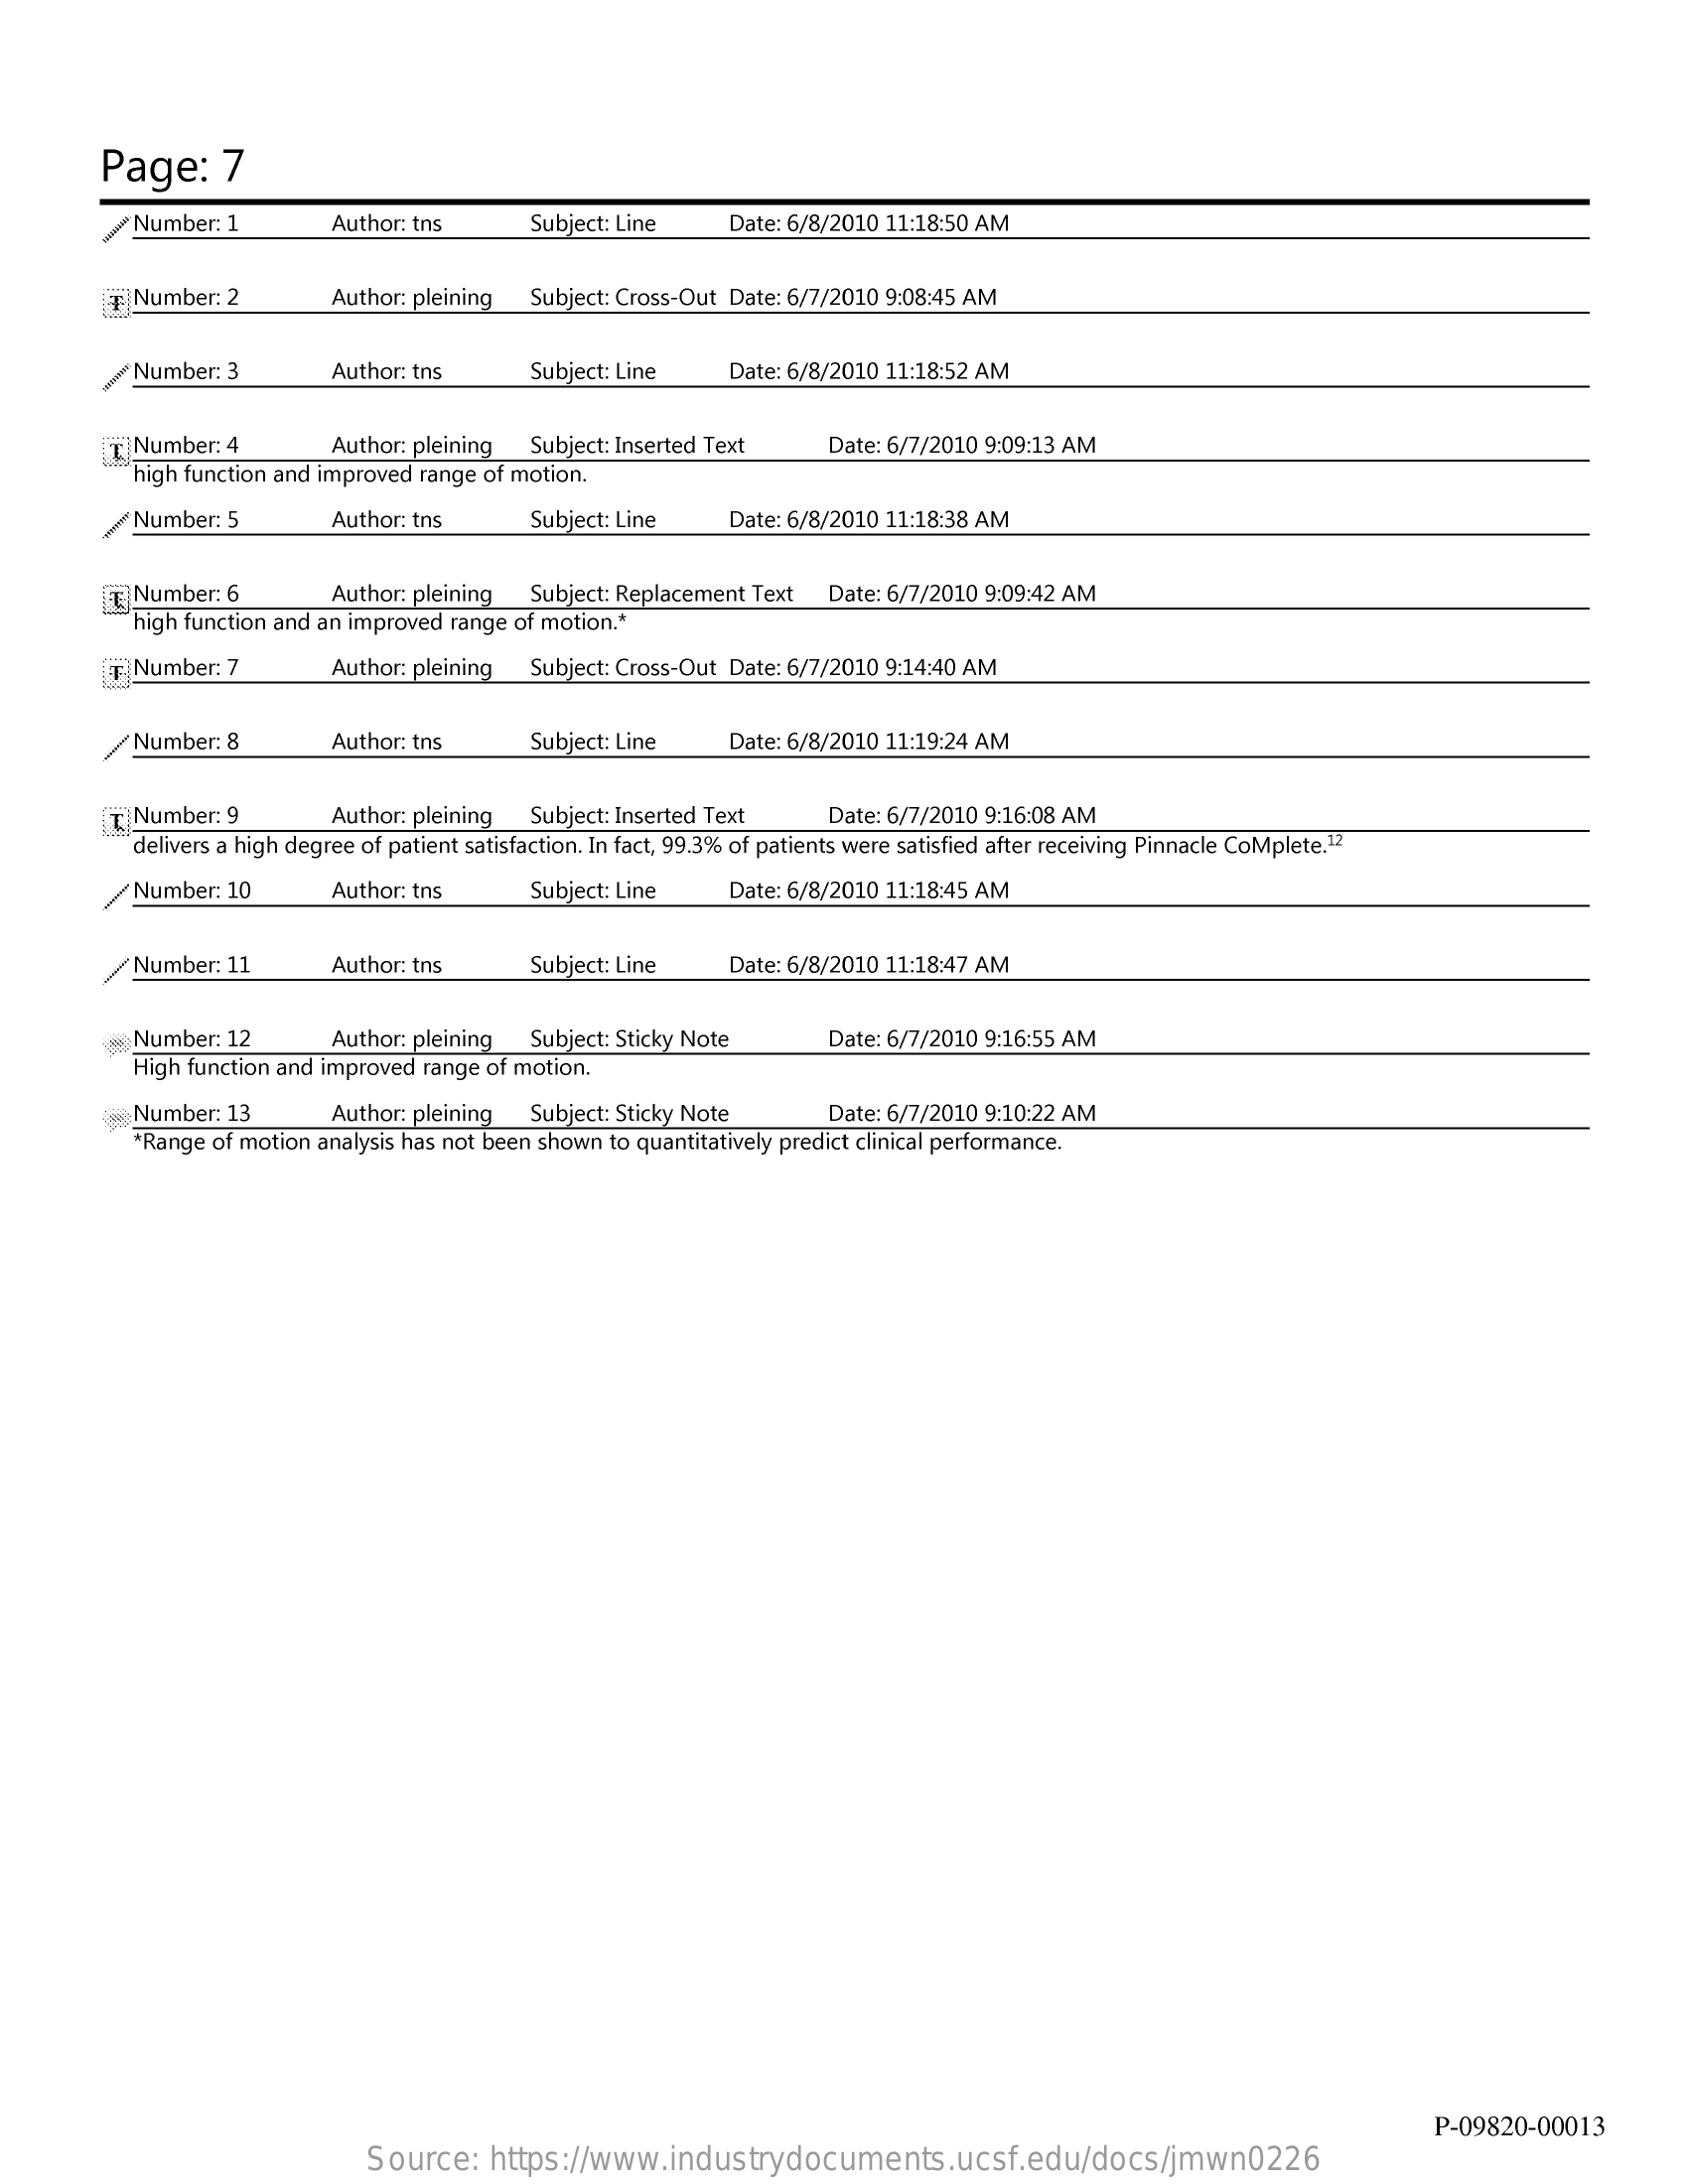
Page:    7
     Number:  1    Author: tns    Subject: Line    Date: 6/8/2010 11:18:50 AM
     F|Number: 2    Author: pleining  Subject: Cross-Out Date: 6/7/2010 9:08:45 AM
     Number: 3    Author: tns    Subject: Line    Date: 6/8/2010 11:18:52 AM
     " Number: 4    Author: pleining  Subject: Inserted Text    Date: 6/7/2010 9:09:13 AM
     high function and improved range of motion.
     Number: 5    Author: tns    Subject: Line    Date: 6/8/2010 11:18:38 AM
     Number: 6    Author: pleining  Subject: Replacement Text  Date: 6/7/2010 9:09:42 AM
     high function and an improved range of motion .*
     F. Number: 7    Author: pleining  Subject: Cross-Out Date: 6/7/2010 9:14:40 AM
     / Number: 8    Author: tns    Subject: Line    Date: 6/8/2010 11:19:24 AM
     T. Number: 9    Author: pleining  Subject: Inserted Text    Date: 6/7/2010 9:16:08 AM
     delivers a high degree of patient satisfaction. In fact, 99.3% of patients were satisfied after receiving Pinnacle Complete.12
     Number: 10    Author: tns    Subject: Line    Date: 6/8/2010 11:18:45 AM
     / Number: 11    Author: tns    Subject: Line    Date: 6/8/2010 11:18:47 AM
     Number: 12    Author: pleining  Subject: Sticky Note    Date: 6/7/2010 9:16:55 AM
     High function and improved range of motion.
     Number:  13    Author: pleining  Subject: Sticky Note    Date: 6/7/2010 9:10:22 AM
     *Range of motion analysis has not been shown to quantitatively predict clinical performance.
     P-09820-00013
     Source:    https://www.industrydocuments.ucsf.edu/docs/jmwn0226